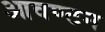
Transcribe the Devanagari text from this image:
आवण्टन